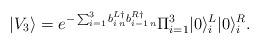
LaTeX: \begin{align*}|V_3\rangle=e^{-\sum_{i=1}^{3}b^{L\dag}_{i\,n}b^{R\dag}_{i-1\,n}}\Pi_{i=1}^{3}|0\rangle^L_i|0\rangle^R_i.\end{align*}